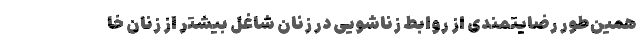
همین‌طور رضایتمندی از روابط زناشویی در زنان شاغل بیشتر از زنان خا